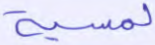
لمسية